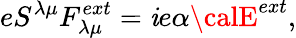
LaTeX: eS^{{\lambda}{\mu}}F_{{\lambda}{\mu}}^{ext}=\mathit{i}e{\alpha}{\calE}^{ext},